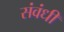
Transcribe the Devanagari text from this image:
संवंधी